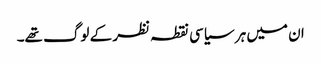
ان میں ہر سیاسی نقطہ نظر کے لوگ تھے۔